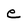
Character: e